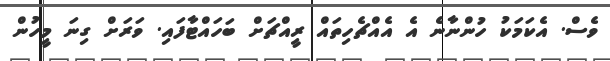
ވެސް. އެކަމަކު ހުންނާނެ އެ އެއްޗެހިތައް ރީއްޗަށް ބަހައްޓާފައި. ވަރަށް ގިނަ މީހުން